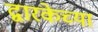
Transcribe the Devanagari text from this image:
द्वारकेच्या